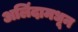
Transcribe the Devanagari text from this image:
अलिंदामधून